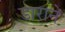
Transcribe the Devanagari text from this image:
डाराने